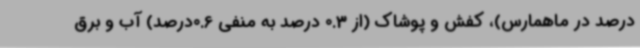
درصد در ماهمارس)، کفش و پوشاک (از 0.3 درصد به منفی 0.6درصد) آب و برق